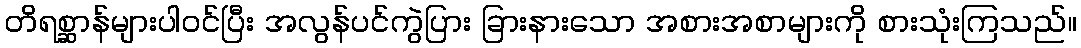
တိရစ္ဆာန်များပါဝင်ပြီး အလွန်ပင်ကွဲပြား ခြားနားသော အစားအစာများကို စားသုံးကြသည်။